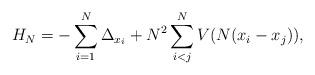
LaTeX: \begin{align*} H_N=-\sum_{i=1}^{N}\Delta_{x_i}+N^2\sum_{i< j}^NV(N(x_i-x_j)),\end{align*}